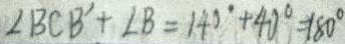
\angle B C B ^ { \prime } + \angle B = 1 4 0 ^ { \circ } + 4 0 ^ { \circ } = 1 8 0 ^ { \circ }